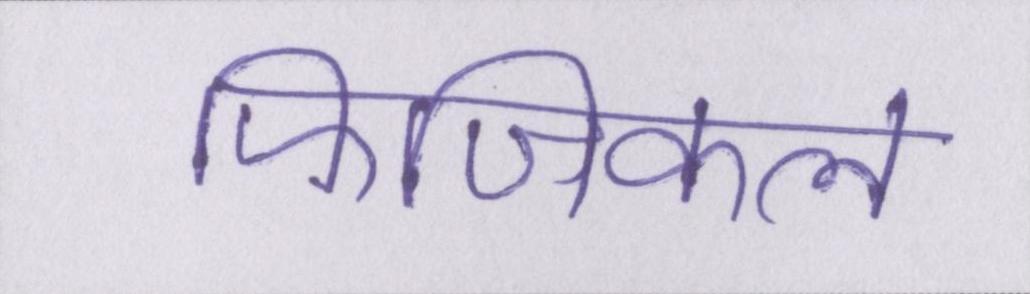
फिजिकल